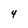
Character: 4